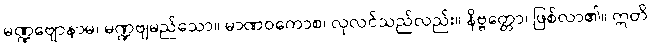
မဏ္ဍဗျောနာမ၊ မဏ္ဍဗျမည်သော။ မာဏဝကောစ၊ လုလင်သည်လည်း။ နိဗ္ဗတ္တော၊ ဖြစ်လာ၏။ ဣတိ၊